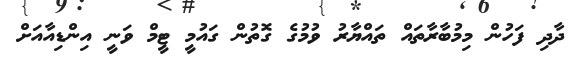
ދާދި ފަހުން މިމުބާރާތައް ތައްޔާރު ވުމުގެ ގޮތުން ގައުމީ ޓީމް ވަނީ އިންޑިއާއަށް